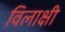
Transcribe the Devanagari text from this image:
विलाक्षी